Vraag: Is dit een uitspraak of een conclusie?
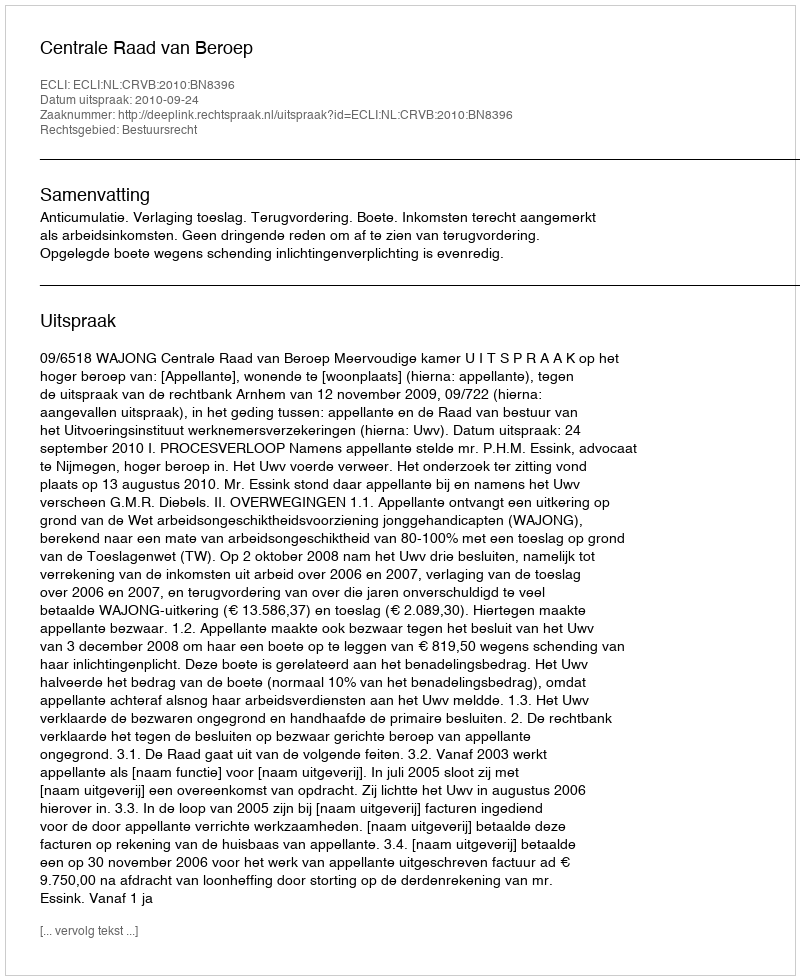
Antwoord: Uitspraak